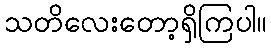
သတိလေးတော့ရှိကြပါ။